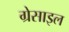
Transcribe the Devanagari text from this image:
ग्रेसाइल